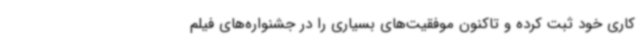
کاری خود ثبت کرده و تاکنون موفقیت‌های بسیاری را در جشنواره‌های فیلم